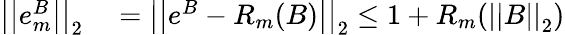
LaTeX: \begin{array}{rl}{\left|\left|e_{m}^{B}\right|\right|_{2}}&{{}=\left|\left|e^{B}-R_{m}(B)\right|\right|_{2}\leq 1+R_{m}(\left|\left|B\right|\right|_{2})}\end{array}